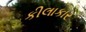
કીલાકાર